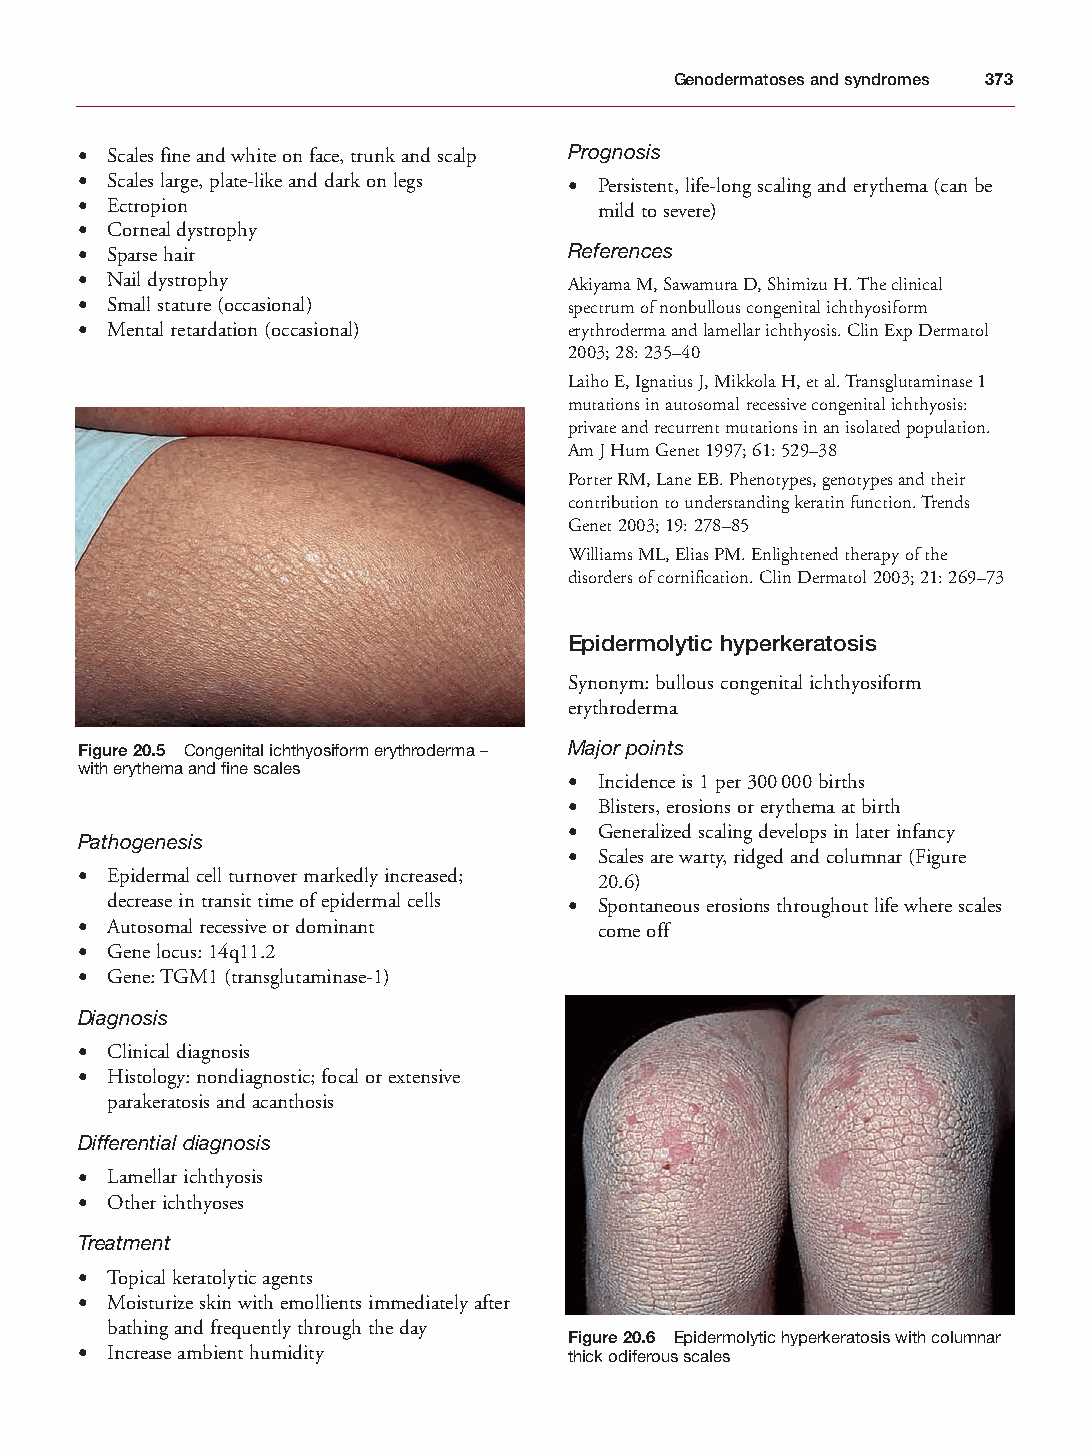
Mallory Chapter 20 27/1/05 3:09 pm Page 373
 Genodermatoses and syndromes 373
 • Scales fine and white on face, trunk and scalp Prognosis
 • Scales large, plate-like and dark on legs • Persistent, life-long scaling and erythema (can be
 • Ectropion                        mild to severe)
 • Corneal dystrophy
 • Sparse hair                    References
 • Nail dystrophy                 Akiyama M, Sawamura D, Shimizu H. The clinical
 • Small stature (occasional)     spectrum of nonbullous congenital ichthyosiform
 • Mental retardation (occasional) erythroderma and lamellar ichthyosis. Clin Exp Dermatol
 2003; 28: 235–40
 Laiho E, Ignatius J, Mikkola H, et al. Transglutaminase 1
 mutations in autosomal recessive congenital ichthyosis:
 private and recurrent mutations in an isolated population.
 Am J Hum Genet 1997; 61: 529–38
 Porter RM, Lane EB. Phenotypes, genotypes and their
 contribution to understanding keratin function. Trends
 Genet 2003; 19: 278–85
 Williams ML, Elias PM. Enlightened therapy of the
 disorders of cornification. Clin Dermatol 2003; 21: 269–73
 Epidermolytic hyperkeratosis
 Synonym: bullous congenital ichthyosiform
 erythroderma
 Figure 20.5 Congenital ichthyosiform erythroderma – Major points
 with erythema and fine scales
 • Incidence is 1 per 300000 births
 • Blisters, erosions or erythema at birth
 • Generalized scaling develops in later infancy
 Pathogenesis
 • Scales are warty, ridged and columnar (Figure
 • Epidermal cell turnover markedly increased; 20.6)
 decrease in transit time of epidermal cells • Spontaneous erosions throughout life where scales
 • Autosomal recessive or dominant  come off
 • Gene locus: 14q11.2
 • Gene: TGM1 (transglutaminase-1)
 Diagnosis
 • Clinical diagnosis
 • Histology: nondiagnostic; focal or extensive
 parakeratosis and acanthosis
 Differential diagnosis
 • Lamellar ichthyosis
 • Other ichthyoses
 Treatment
 • Topical keratolytic agents
 • Moisturize skin with emollients immediately after
 bathing and frequently through the day
 Figure 20.6 Epidermolytic hyperkeratosis with columnar
 • Increase ambient humidity      thick odiferous scales